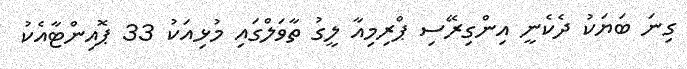
ގިނަ ބަޔަކު ދެކެނީ އިންގިރޭސި ޕްރިމިއާ ލީގު ތާވަލްގައި މުޅިއަކު 33 ޕޮއިންޓާއެކު